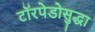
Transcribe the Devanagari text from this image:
टॉरपेडोसुद्धा